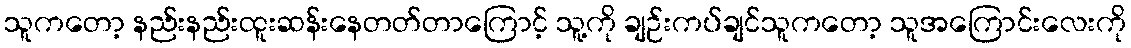
သူကတော့ နည်းနည်းထူးဆန်းနေတတ်တာကြောင့် သူ့ကို ချဉ်းကပ်ချင်သူကတော့ သူအကြောင်းလေးကို